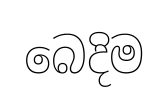
බෙදිම